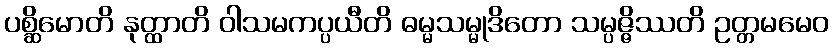
ပစ္ဆိမောတိ နုတ္ထာတိ ဝါသမကပ္ပယီတိ ဓမ္မသမ္မုဒိတော သမ္ပဇ္ဇိဿတိ ဥတ္တမမေဝ